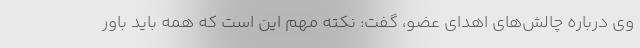
وی درباره چالش‌های اهدای عضو، گفت: نکته مهم این است که همه باید باور